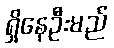
ရှိနေဦးမည်